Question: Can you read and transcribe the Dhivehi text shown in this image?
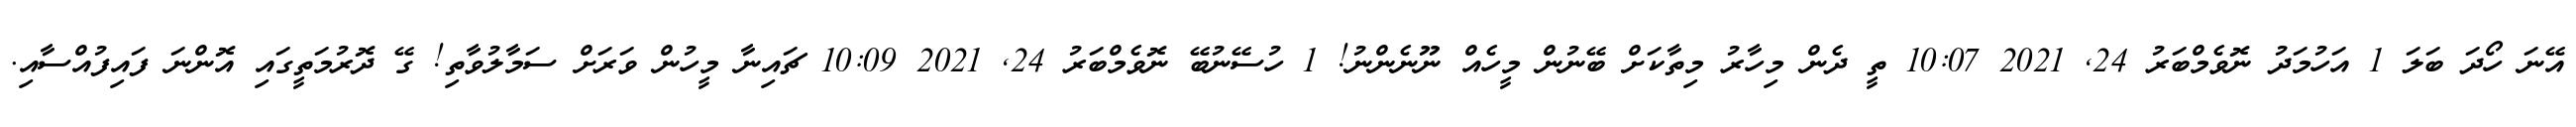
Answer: އޭނަ ހޯދަ ބަލަ 1 އަހުމަދު ނޮވެމްބަރު 24, 2021 10:07 ތީ ދެން މިހާރު މިތާކަށް ބޭނުން މީހެއް ނޫނެންނު! 1 ހުސޭނުބޭ ނޮވެމްބަރު 24, 2021 10:09 ޗައިނާ މީހުން ވަރަށް ސަމާލުވާތި! ގޭ ދޮރުމަތީގައި އޮންނަ ފައިފުއްސާއި.